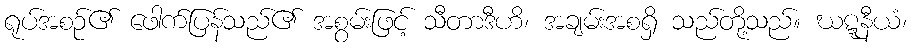
ရုပ်အစဉ်၏ ဖေါက်ပြန်သည်၏ အစွမ်းဖြင့် သီတာဒီဟိ၊ အချမ်းအစရှိ သည်တို့သည်။ ဃဋ္ဋနီယံ၊